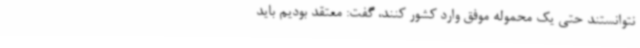
نتوانستند حتی یک محموله موفق وارد کشور کنند، گفت: معتقد بودیم باید